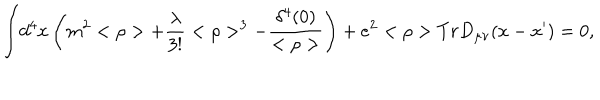
{ \int } d ^ { 4 } x \left( m ^ { 2 } < \rho > + \frac { \lambda } { 3 ! } < \rho > ^ { 3 } - \frac { \delta ^ { 4 } ( 0 ) } { < \rho > } \right) + e ^ { 2 } < \rho > T r D _ { \mu \nu } ( x - x ^ { \prime } ) = 0 ,